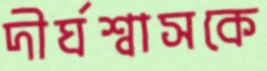
দীর্ঘশ্বাসকে